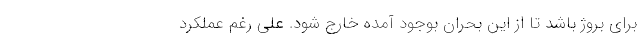
برای بروژ باشد تا از این بحران بوجود آمده خارج شود. علی رغم عملکرد